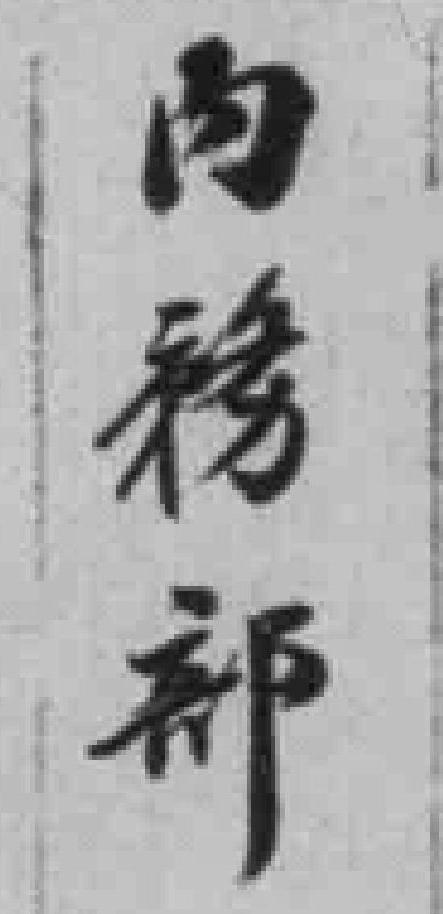
内務部